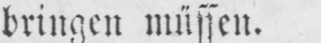
bringen müssen.